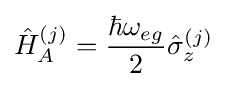
{\hat {H}}_{A}^{(j)}={\frac {\hbar \omega _{eg}}{2}}{\hat {\sigma }}_{z}^{(j)}